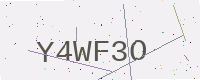
Text: Y4WF3O